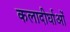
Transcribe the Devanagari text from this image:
कलादीर्घाओं